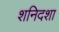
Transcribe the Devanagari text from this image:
शनिदशा